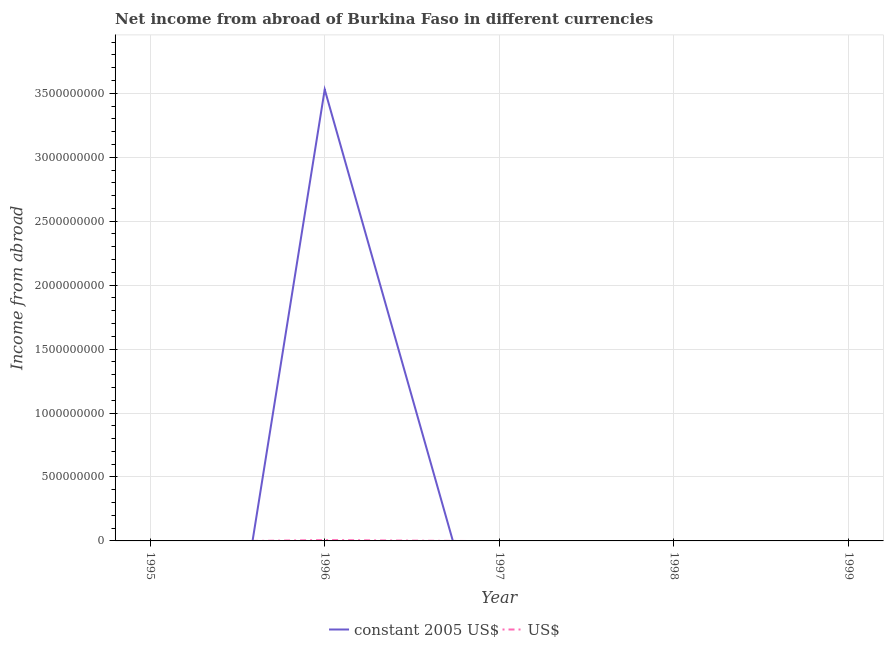
| Year | constant 2005 US$ | US$ |
 | --- | --- | --- |
 | 1995 | -5.01e+09 | -1e+07 |
 | 1996 | 3.53e+09 | 6.9e+06 |
 | 1997 | -1.28e+09 | -2.19e+06 |
 | 1998 | -1.65e+09 | -2.8e+06 |
 | 1999 | -3.24e+09 | -5.27e+06 |